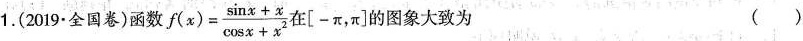
1.(2019·全国卷)函数$$f(x)= \frac{\sin x+x}{\cos x+x^{2}}$$ 在\left [-\pi，\pi\right]的图象大致为 ()